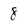
Character: 8